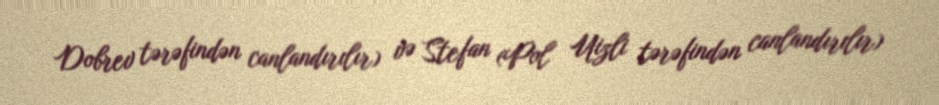
Dobrev tərəfindən canlandırılır) və Stefan (Pol Uizli tərəfindən canlandırılır)